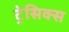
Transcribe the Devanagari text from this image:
ट्रेसिक्स